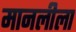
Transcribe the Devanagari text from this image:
मानलीला